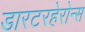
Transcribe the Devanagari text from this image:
डारटरहेरोन्स